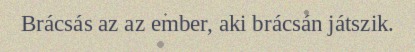
Brácsás az az ember, aki brácsán játszik.